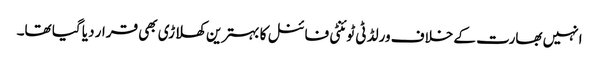
انہیں بھارت کے خلاف ورلڈ ٹی ٹوئنٹی فائنل کا بہترین کھلاڑی بھی قرار دیا گیا تھا۔